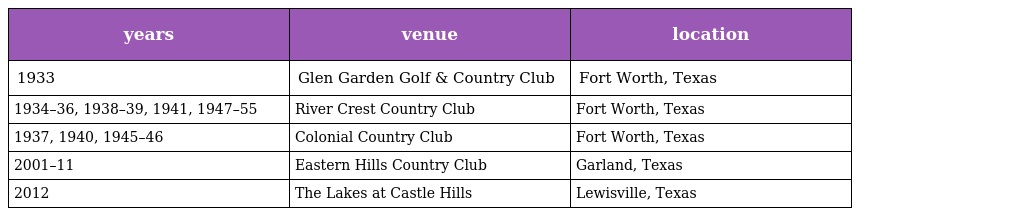
| years | venue | location |
 | --- | --- | --- |
 | 1933 | Glen Garden Golf & Country Club | Fort Worth, Texas |
 | 1934–36, 1938–39, 1941, 1947–55 | River Crest Country Club | Fort Worth, Texas |
 | 1937, 1940, 1945–46 | Colonial Country Club | Fort Worth, Texas |
 | 2001–11 | Eastern Hills Country Club | Garland, Texas |
 | 2012 | The Lakes at Castle Hills | Lewisville, Texas |